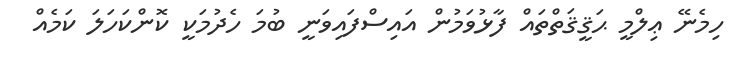
ހިމެނޭ ޢިލްމީ ޙަޤީޤަތްތައް ފާޅުވަމުން އައިސްފައިވަނީ ބުމަ ހެދުމަކީ ކޮންކަހަލަ ކަމެއް